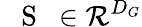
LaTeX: \mathrm{~{~\mathbf~S~}~}\in{\cal R}^{D_{G}}